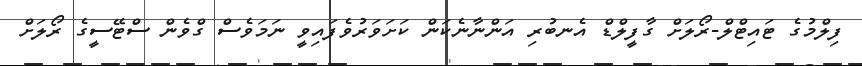
ފިލްމުގެ ޓައިޓްލް-ރޯލަށް ގާފީލްޑް އެނބުރި އަންނާނެކަން ކަށަވަރުވެފައިވީ ނަމަވެސް ގްވެން ސްޓޭސީގެ ރޯލަށް